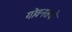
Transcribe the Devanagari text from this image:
गोवनसचे